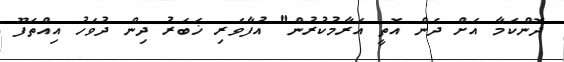
ދޮންކަމާ އަށް ދެން އޮތީ އަރާމުކުރުން" އުފާވެރި ޚަބަރު ދިން ދުވަހު އިއްތަފޫ